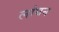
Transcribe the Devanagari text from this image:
लांघन